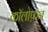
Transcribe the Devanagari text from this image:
कॉलोफ़न